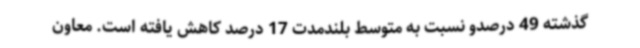
گذشته 49 درصدو نسبت به متوسط بلندمدت 17 درصد کاهش یافته است. معاون